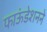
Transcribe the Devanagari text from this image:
फाऊंडेशनने